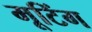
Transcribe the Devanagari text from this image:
मूटिंग